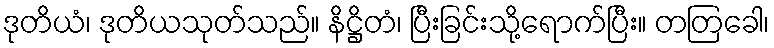
ဒုတိယံ၊ ဒုတိယသုတ်သည်။ နိဋ္ဌိတံ၊ ပြီးခြင်းသို့ရောက်ပြီး။ တတြခေါ၊